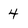
Character: 4